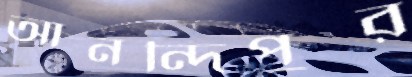
আনন্দিপুর